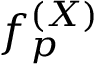
f _ { p } ^ { ( X ) }